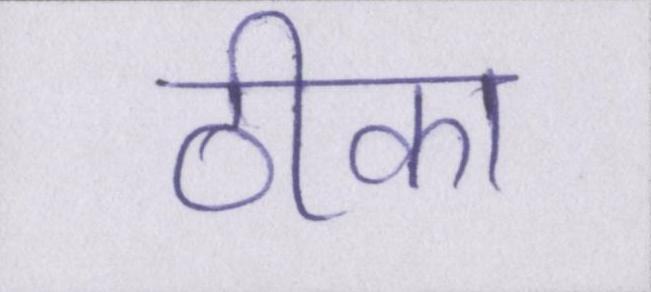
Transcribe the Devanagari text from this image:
ठीका